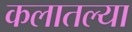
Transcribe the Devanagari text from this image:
कलातल्या